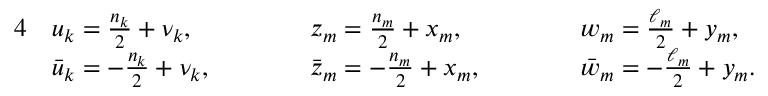
\begin{array} { r l r l r l r } { { 4 } } & { u _ { k } = \frac { n _ { k } } 2 + \nu _ { k } , \qquad } & & { z _ { m } = \frac { n _ { m } } 2 + x _ { m } , \qquad } & & { w _ { m } = \frac { \ell _ { m } } 2 + y _ { m } , } & \\ & { \bar { u } _ { k } = - \frac { n _ { k } } 2 + \nu _ { k } , \qquad } & & { \bar { z } _ { m } = - \frac { n _ { m } } 2 + x _ { m } , \qquad } & & { \bar { w } _ { m } = - \frac { \ell _ { m } } 2 + y _ { m } . } & \end{array}